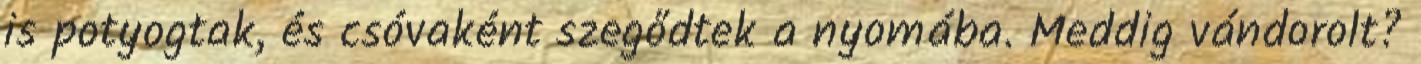
is potyogtak, és csóvaként szegődtek a nyomába. Meddig vándorolt?